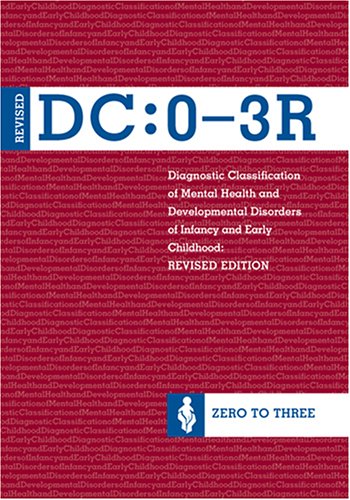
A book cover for Diagnostic Classification of Mental Health and Developmental Disorders of Infancy and Early Childhood, (DC: 0-3R); Zero to Three; Medical Books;